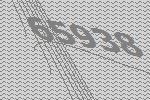
65938